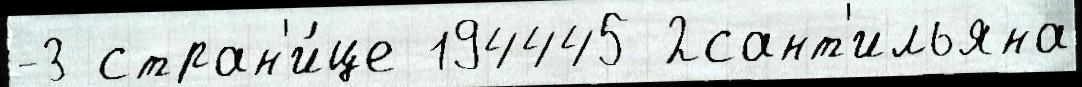
-3 стран'и́це 194445 2сант'ильяна